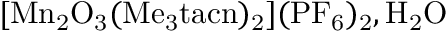
\mathrm { \small { [ M n _ { 2 } O _ { 3 } ( M e _ { 3 } t a c n ) _ { 2 } ] ( P F _ { 6 } ) _ { 2 } , H _ { 2 } O } }